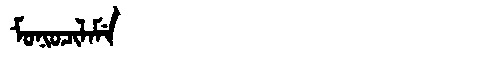
Manchu: ᠮᠣᠨᡳᠣᠴᡳᠯᠠᠮᡝ
Romanization: MONIOCILAME